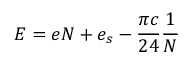
E = e N + e _ { s } - \frac { \pi c } { 2 4 } \frac { 1 } { N }